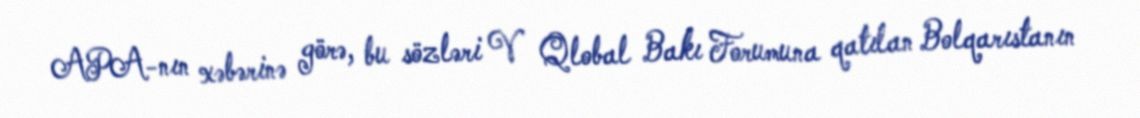
APA-nın xəbərinə görə, bu sözləri V Qlobal Bakı Forumuna qatılan Bolqarıstanın